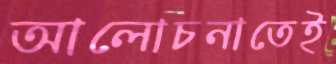
আলোচনাতেই